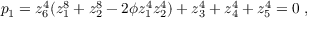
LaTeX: p _ { 1 } = z _ { 6 } ^ { 4 } ( z _ { 1 } ^ { 8 } + z _ { 2 } ^ { 8 } - 2 \phi z _ { 1 } ^ { 4 } z _ { 2 } ^ { 4 } ) + z _ { 3 } ^ { 4 } + z _ { 4 } ^ { 4 } + z _ { 5 } ^ { 4 } = 0 \; ,